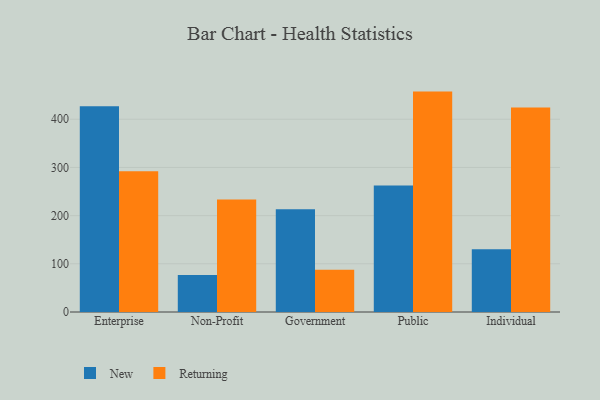
{"axis": {"x": "Segment", "y": "Active Users"}, "legend": ["New", "Returning"], "data": [{"x": "Enterprise", "y": 426.8, "type": "New"}, {"x": "Enterprise", "y": 292.0, "type": "Returning"}, {"x": "Non-Profit", "y": 76.6, "type": "New"}, {"x": "Non-Profit", "y": 233.5, "type": "Returning"}, {"x": "Government", "y": 213.0, "type": "New"}, {"x": "Government", "y": 87.5, "type": "Returning"}, {"x": "Public", "y": 262.6, "type": "New"}, {"x": "Public", "y": 457.4, "type": "Returning"}, {"x": "Individual", "y": 130.4, "type": "New"}, {"x": "Individual", "y": 424.6, "type": "Returning"}]}